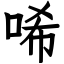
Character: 唏